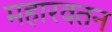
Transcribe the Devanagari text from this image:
महारवतन